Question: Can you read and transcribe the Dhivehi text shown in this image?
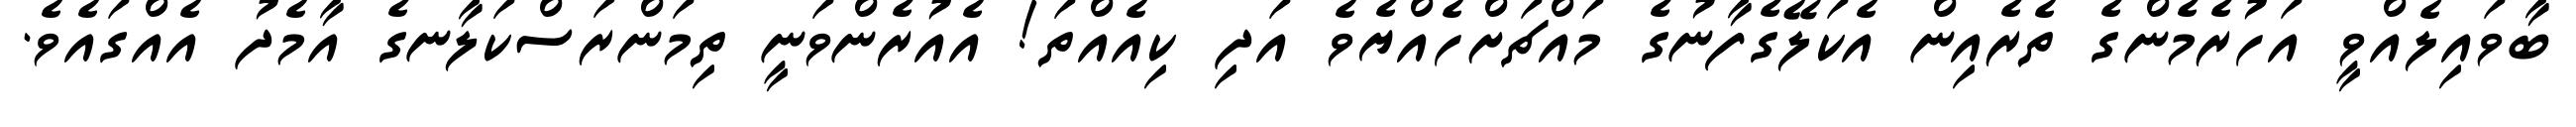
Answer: ބާވައިލެއްވީ އަހުރެމެންގެ ތެރެއިން އެކަލޭގެފާނުގެ މައްޗަށްހެއްޔެވެ އަދި ކިއެއްތަ! އެއުރެންވަނީ ތިމަންރަސްކަލާނގެ އާމެދު އެއްގައެވެ.